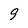
Character: g